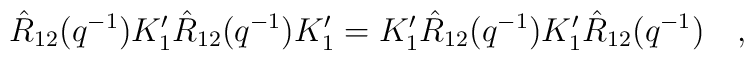
\hat{R}_{12} (q^{-1}) K_{1}' \hat{R}_{12} (q^{-1}) K_{1}' = K_{1}' \hat{R}_{12}(q^{-1}) K_{1}' \hat{R}_{12} (q^{-1})  \quad,